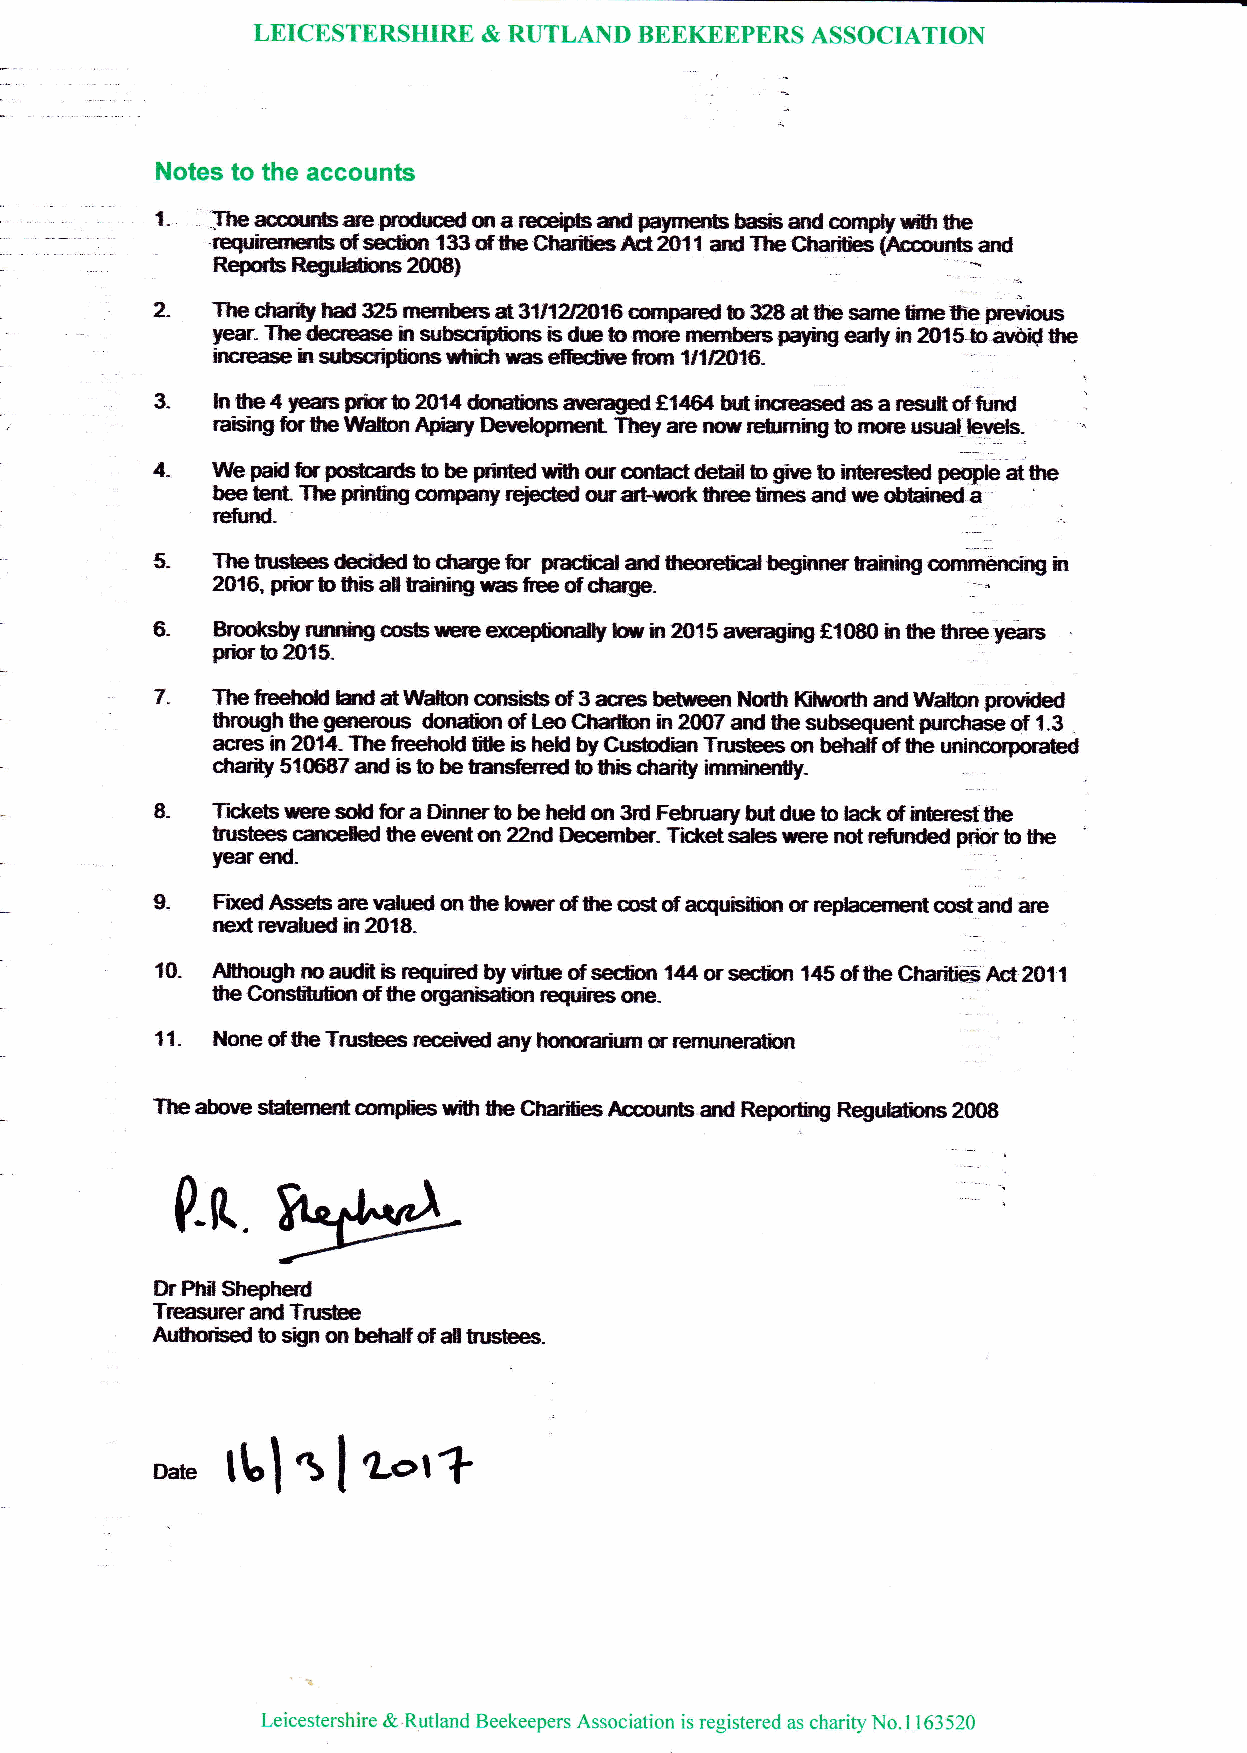
LEICESTERSHIRE & RUTLAND BEEKEEPERS  ASSOCIATION
 Notes to the accounts
 ._  _     1-  ] -r rh cge u im rcns res rds s dly e s ef co t& ixr r e 1O 3: l o dI f? ie r y C9r fy fiF b_ sa d A dp a myr lr e Ir * as n d! t Ti$ le a Gd M @ ixrn p $f cr mi[r r r& Se af
 Rryts negnddins2(m)
 2-     ffiI H
 Tlte      325 merters *.3|I12fVA16 ompared b ffi8 d fte sanre lfne tie preuiors
 pr-
 The decrease in wbsa{fbns is drc b,rrere mernbers paying €lty ir 201Sb ard$ $e
 3-  lnlhe4yeas plbb2014 dondionsarer4edfl{Gd hrtfrrcrered aarcsufi oftild
 .
 4-  lltle pail fur @s b be plit$ed u,ifr qr oontact deffi b gire b lnbre*rl peoplB d tE
 bee bnt- The pdrilrng mmpay re$m owtrt.{.ofi trce tmes ard re obtalned a -
 rcfurd-
 :-    .
 5-               b@efur
 Tfreheesdenirred      pradicdandtreqeltud @innrfainhgcorfurg
 iln
 6-  Brool<sby nsutilg msils we ex@iurdy hr in 2015 averaging tlm0 ilr tre three years
 prirr to 2015-
 7-  TfrefieefroE hxl dWafronmnsistsdBacres b€tueen ]Wr t{ilnrorfi ildlnt&t provilhrl
 frtrq,lgh fie genemn dondbn d Leo Crlwfum in 2007 ard fe suhquent purchae of 1.3
 M
 acrm ln 2t,14- The freefioH ffie is by Gr.&dian Tn&es on behdf of frB uninoorpor&d
 ctrarity 510687 and b b be ffined b flb cherity rnn*lerny.
 8-                        M
 Td<eilsreresoHfura Dftnrrerb be on 3rd Fekuayhrfiduebladrdlnfierdfire
 tnsfiees cane{ed te errcnton 22nd knber- TiJ<ets# rere rd refrrnded pris to fie
 yearend.
 9-  Fixed Assebre\rdued qtllc lffiofiftecdof acquisilim orrephcenrentcostand {e
 nostranddin20lS-
 _
 t0- Alfitortgtt no audit b requiled by vmrc d secfion 1{4 on sedirn '145 of fre C}ffi Acf 2011
 fie Consfi[disr dtrc organisaticr re$rft€s ffie-
 The Sorc staHnert sndir:s uith &e GMbs Amqnrts and Rrytirq ReguHixrs 2fi)B
 0.rt
 F.l*a
 DrPhIl Shepherd
 Ttery,nsad Trrcilee
 Aufirsisd bs(n on ffif ddtrusEes.
 *"
 ttl
 "bItorft
 Leicestershire & Rutland Beekeepers Association is registered as charity No.1163520